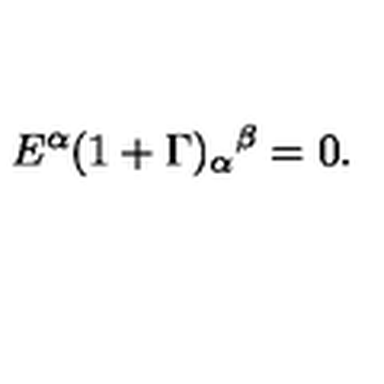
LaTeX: E ^ { \alpha } ( 1 + \Gamma ) _ { \alpha } { } ^ { \beta } = 0 .